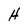
Character: H